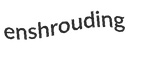
enshrouding